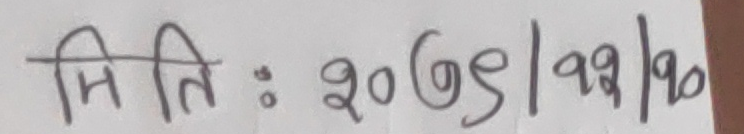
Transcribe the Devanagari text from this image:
मिति : २०७९/१२/२०